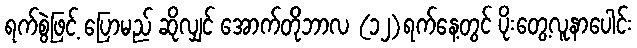
ရက်စွဲဖြင့် ပြောမည် ဆိုလျှင် အောက်တိုဘာလ (၁၂)ရက်နေ့တွင် ပိုးတွေ့လူနာပေါင်း